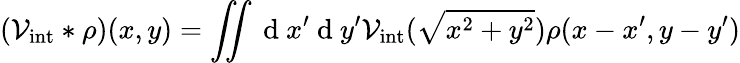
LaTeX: (\mathcal{V}_{\mathrm{int}}*\rho)(x,y)=\iint\mathrm{~d~}x^{\prime}\mathrm{~d~}y^{\prime}\mathcal{V}_{\mathrm{int}}(\sqrt{x^{2}+y^{2}})\rho(x-x^{\prime},y-y^{\prime})